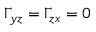
\Gamma _ { y z } = \Gamma _ { z x } = 0